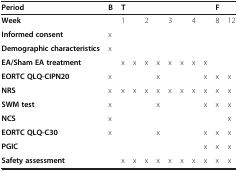
| Period | B | <COLSPAN=8> T | <COLSPAN=2> F |
 | --- | --- | --- | --- | --- | --- | --- | --- | --- | --- | --- | --- |
 | Week |  | <COLSPAN=2> 1 | <COLSPAN=2> 2 | <COLSPAN=2> 3 | <COLSPAN=2> 4 | 8 | 12 |
 | Informed consent | x |  |  |  |  |  |  |  |  |  |  |
 | Demographic characteristics | x |  |  |  |  |  |  |  |  |  |  |
 | EA/Sham EA treatment |  | x | x | x | x | x | x | x | x |  |  |
 | EORTC QLQ-CIPN20 | x |  |  |  | x |  |  |  | x | x | x |
 | NRS | x | x | x | x | x | x | x | x | x | x | x |
 | SWM test | x |  |  |  | x |  |  |  | x | x | x |
 | NCS | x |  |  |  |  |  |  |  |  |  | x |
 | EORTC QLQ-C30 | x |  |  |  | x |  |  |  | x | x | x |
 | PGIC |  |  |  |  |  |  |  |  | x | x | x |
 | Safety assessment |  | x | x | x | x | x | x | x | x | x | x |